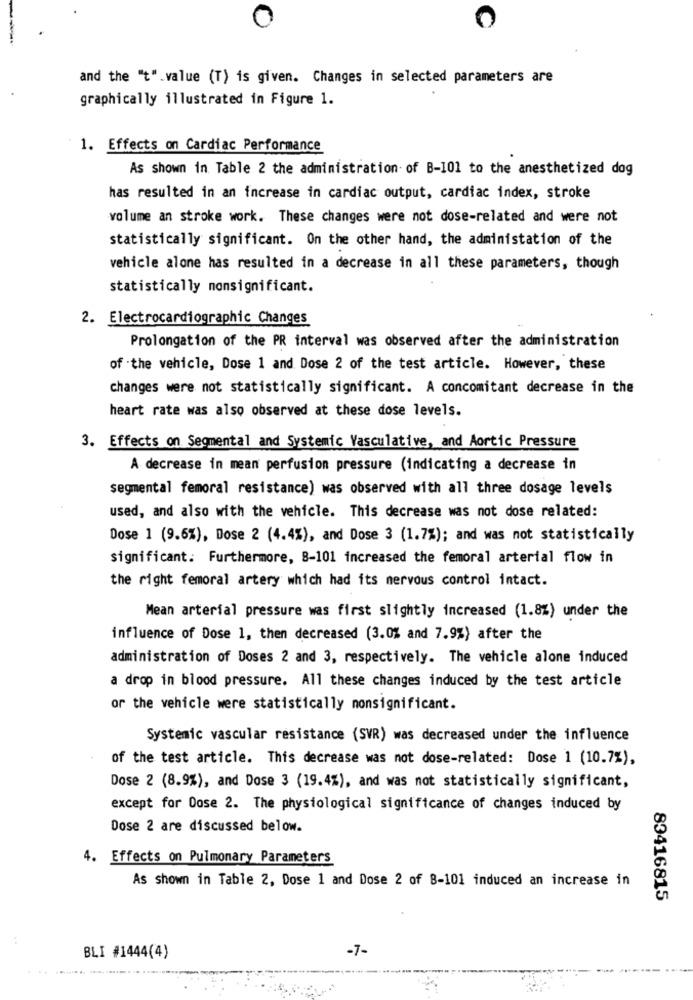
0
C
and the "t" value (T) is given. Changes in selected parameters are
graphically illustrated in Figure 1.
1. Effects on Cardiac Performance
As shown in Table 2 the administration of B-101 to the anesthetized dog
has resulted in an increase in cardiac output, cardiac index, stroke
volume an stroke work. These changes were not dose-related and were not
statistically significant. On the other hand, the administation of the
vehicle alone has resulted in a decrease in all these parameters, though
statistically monsignificant.
2. Electrocardiogramic Changes
Prolongation of the PR interval was observed after the administration
of -the vehicle, Dose 1 and Dose 2 of the test article. However, these
changes were not statistically significant. A concomitant decrease in the
heart rate was also observed at these dose levels.
3. Effects on Segmental and Systemic Vasculative, and Aortic Pressure
A decrease in mean perfusion pressure (indicating a decrease in
segmental femoral resistance) was observed with all three dosage levels
used, and also with the vehicle. This decrease was not dose related:
Dose 1 (9.6%), Dose 2 (4.4%), and Dose 3 (1.7%); and was not statistically
significant. Furthermore, 8-101 increased the femoral arterial flow in
the right femoral artery which had its nervous control intact.
Mean arterial pressure was first slightly increased (1.8%) under the
influence of Dose 1, then decreased (3.0% and 7.9%) after the
administration of Doses 2 and 3, respectively. The vehicle alone induced
a drop in blood pressure. All these changes induced by the test article
or the vehicle were statistically nonsignificant.
Systemic vascular resistance (SVR) was decreased under the influence
of the test article. This decrease was not dose-related: Dose 1 (10.7%),
Dose 2 (8.9%), and Dose 3 (19.4%), and was not statistically significant,
except for Dose 2. The physiological significance of changes induced by
Dose 2 are discussed below.
4. Effects on Pulmonary Parameters
As shown in Table 2, Dose 1 and Dose 2 of 8-101 induced an increase in
83416815
-7-
BLI #1444(4)